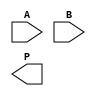
module wallace_tree_multiplier #(parameter n = 4) (
    input  [n-1:0] A, // First operand
    input  [n-1:0] B, // Second operand
    output reg [2*n-1:0] P // Product output
);

// Internal signals for partial products
wire [n-1:0] pp [0:n-1]; // Partial product matrix
wire [2*n-1:0] sum [0:n-1]; // Sums at each level
wire [n:0] carry [0:n-1]; // Carries at each level

// Generate partial products
genvar i, j;
generate
    for (i = 0; i < n; i = i + 1) begin : pp_gen
        assign pp[i] = A & {n{B[i]}}; // AND each bit of A with the corresponding bit of B
    end
endgenerate

// Wallace tree reduction
generate
    for (i = 0; i < n; i = i + 1) begin : reduction
        if (i == 0) begin
            assign sum[i] = {1'b0, pp[0]} + {1'b0, pp[1]} + {1'b0, pp[2]}; // Initial sum
            assign carry[i] = 1'b0; // No carry for the first addition
        end else if (i < n - 1) begin
            // Full adder for three inputs
            assign {carry[i], sum[i]} = sum[i-1] + {1'b0, pp[i+1]} + {1'b0, pp[i+2]};
        end else begin
            // Final addition of the last two rows
            assign sum[i] = sum[i-1] + {1'b0, pp[i]};
            assign carry[i] = 1'b0; // No carry for the last addition
        end
    end
endgenerate

// Final product calculation
always @(*) begin
    P = sum[n-1] + {carry[n-1], 1'b0}; // Final product
end

endmodule